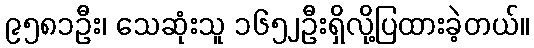
၉၅၈၁ဦး၊ သေဆုံးသူ ၁၆၅၂ဦးရှိလို့ပြထားခဲ့တယ်။